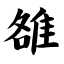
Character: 雒